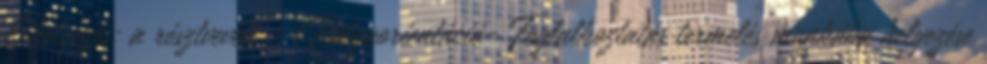
Elhelyezés: a résztvevők - Pályaorientáció- Foglalkoztatás termelés munkába helyezése